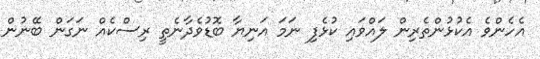
އެހެންވެ އެކުޅުންތެރިން ލައްވައި ކުޅެފި ނަމަ އަނިޔާ ބޮޑުވެދާނެތީ ރިސްކެއް ނަގަން ބޭނުން